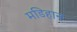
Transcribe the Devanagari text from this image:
मडिहान